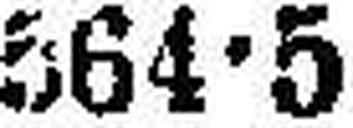
564•5